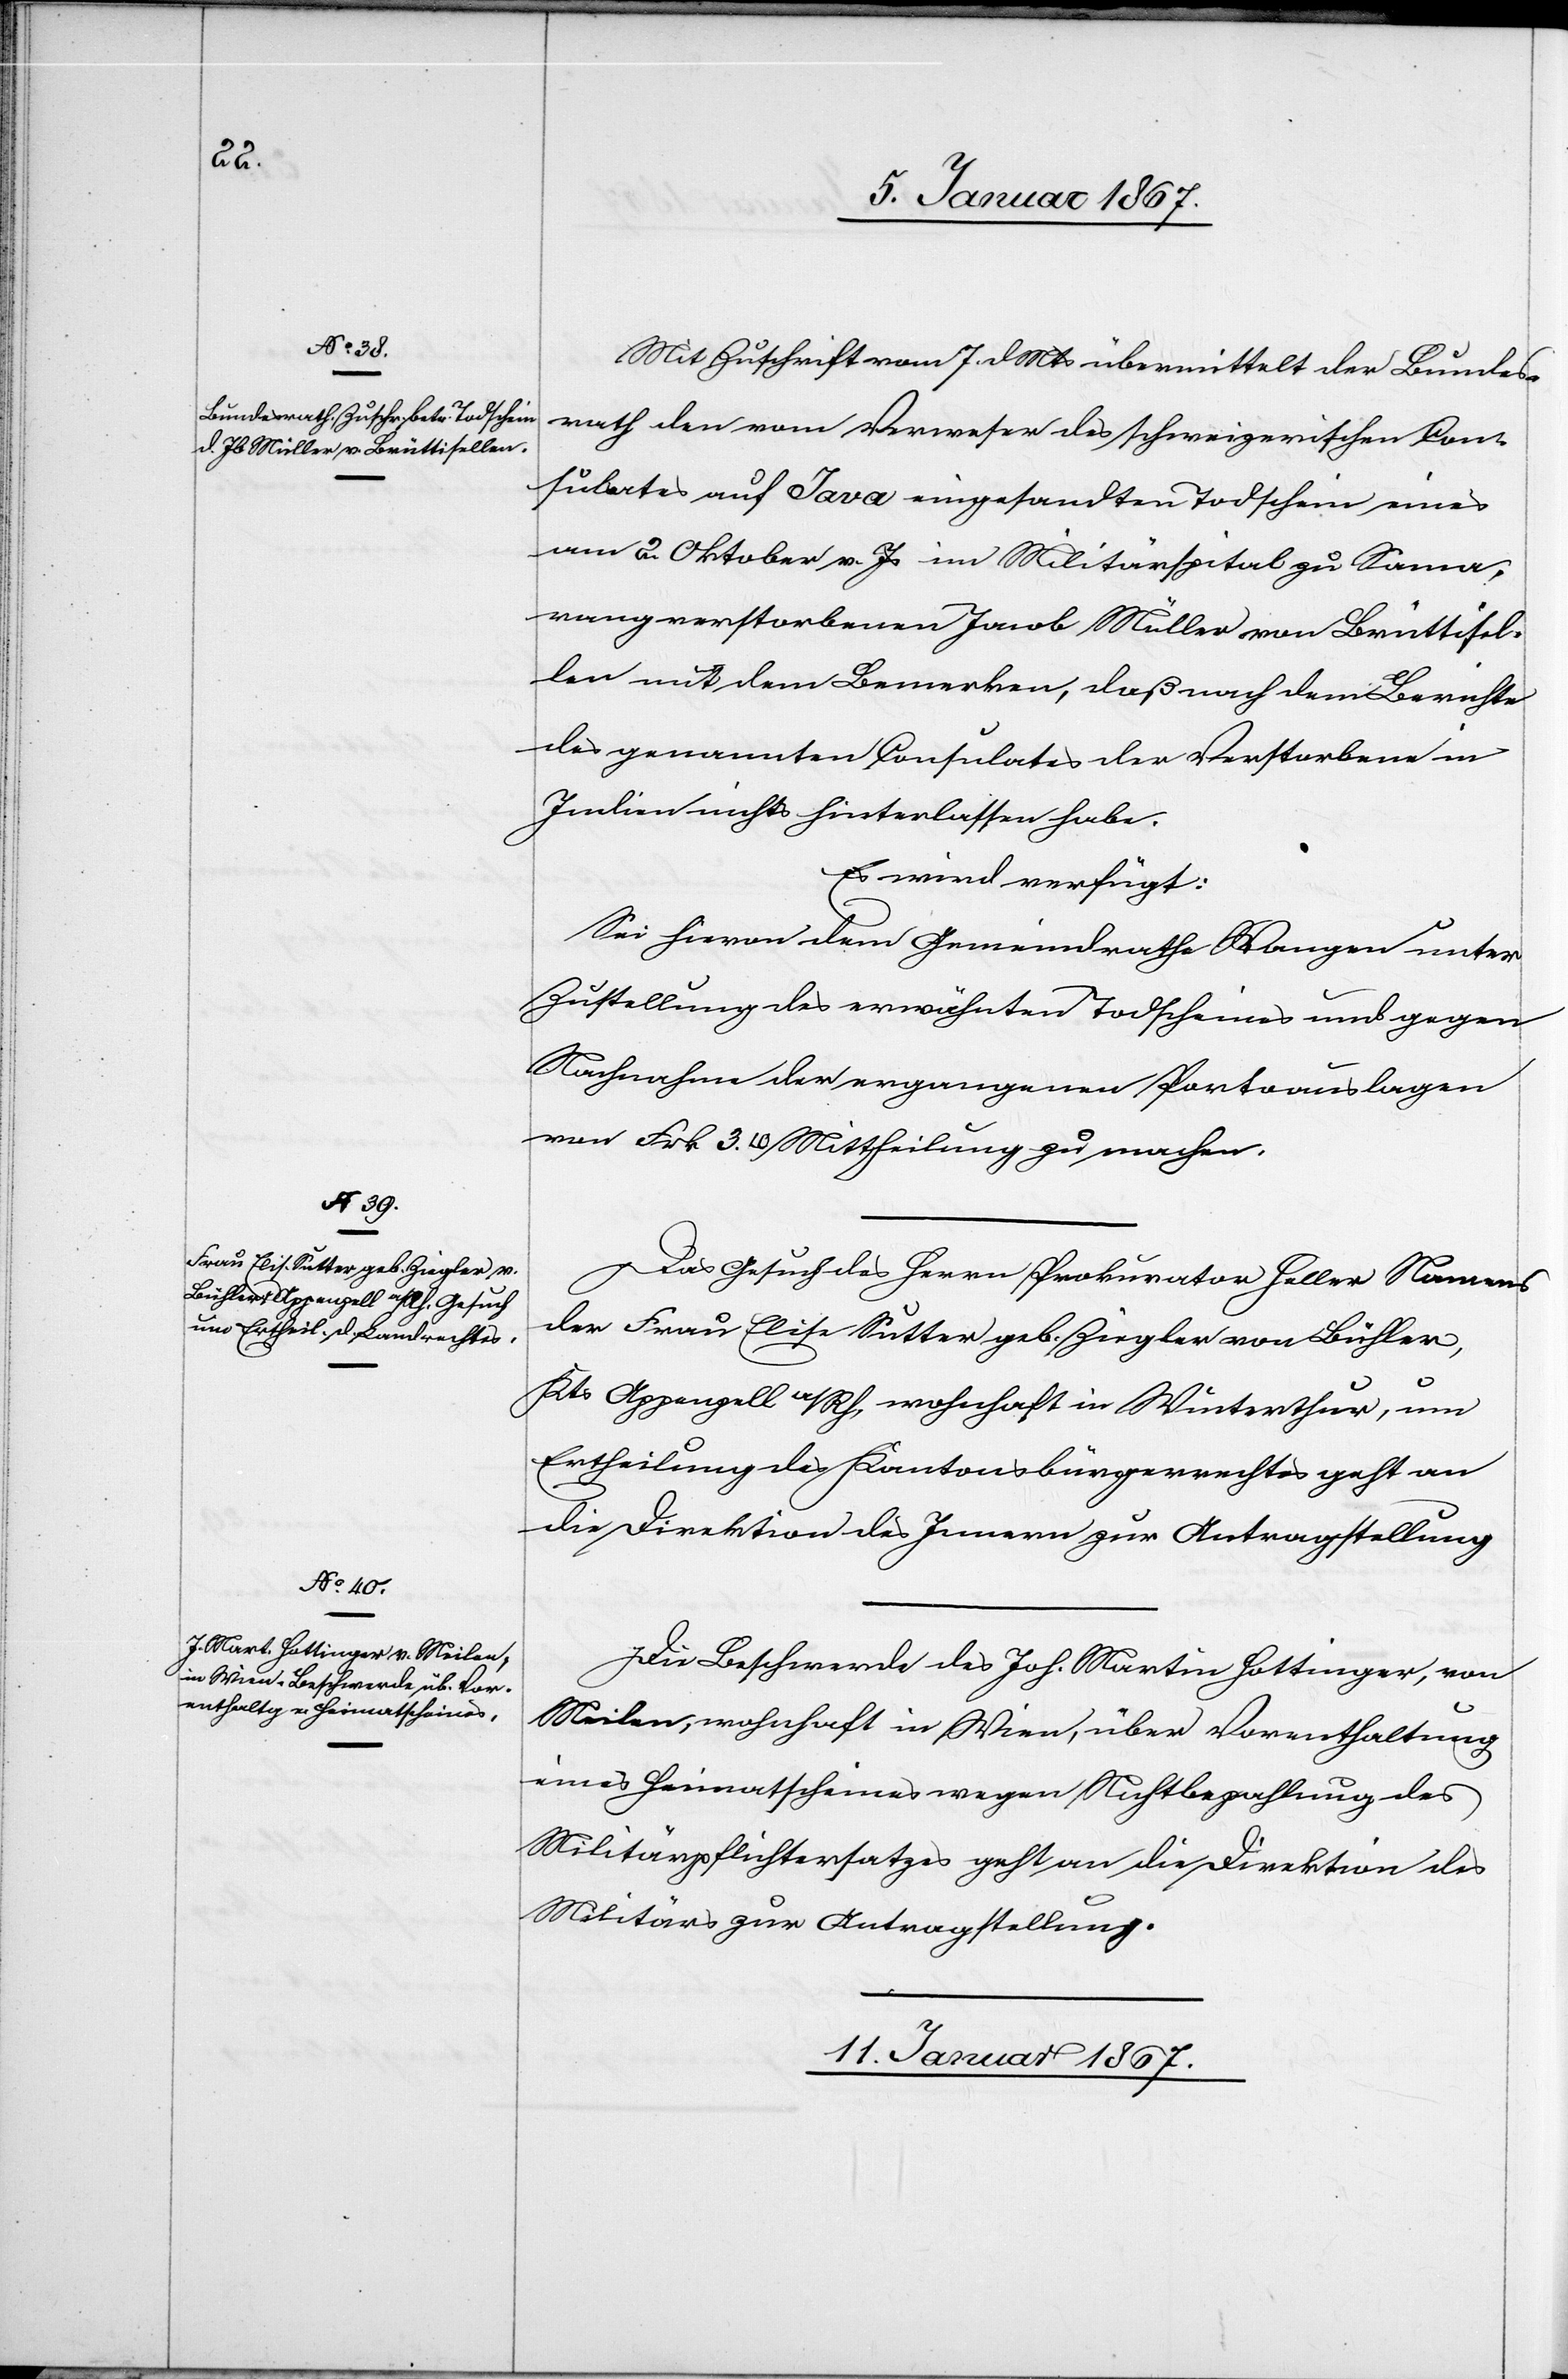
Mit Zuschrift vom 7. d. Mts übermittelt der Bundes¬
rath den vom Verweser des schweizerischen Con¬
sulates auf Java eingesandten Todschein eines
am 2. Oktober v. Js im Militärspital zu Sama¬
rang verstorbenen Jacob Müller von Brüttisel¬
len mit dem Bemerken, daß nach dem Berichte
des genannten Consulates der Verstorbene in
Indien nichts hinterlassen habe.
Es wird verfügt:
Sei hievon dem Gemeindrathe Wangen unter
Zustellung des erwähnten Todscheines und gegen
Nachnahme der ergangenen Portoauslagen
von Frk 3.10 Mittheilung zu machen.
Das Gesuch des Herrn Prokurator Heller Namens
der Frau Elisa Sutter geb. Ziegler von Bühler,
Kts Appenzell a/Rh, wohnhaft in Winterthur, um
Ertheilung des Kantonsbürgerrechtes geht an
die Direktion des Innern zur Antragstellung.
Die Beschwerde des Joh. Martin Hottinger, von
Meilen, wohnhaft in Wien, über Vorenthaltung
eines Heimatscheines wegen Nichtbezahlung des
Militärpflichtersatzes geht an die Direktion des
Militärs zur Antragstellung.
11. Januar 1867.